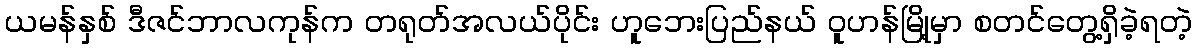
ယမန်နှစ် ဒီဇင်ဘာလကုန်က တရုတ်အလယ်ပိုင်း ဟူဘေးပြည်နယ် ဝူဟန်မြို့မှာ စတင်တွေ့ရှိခဲ့ရတဲ့